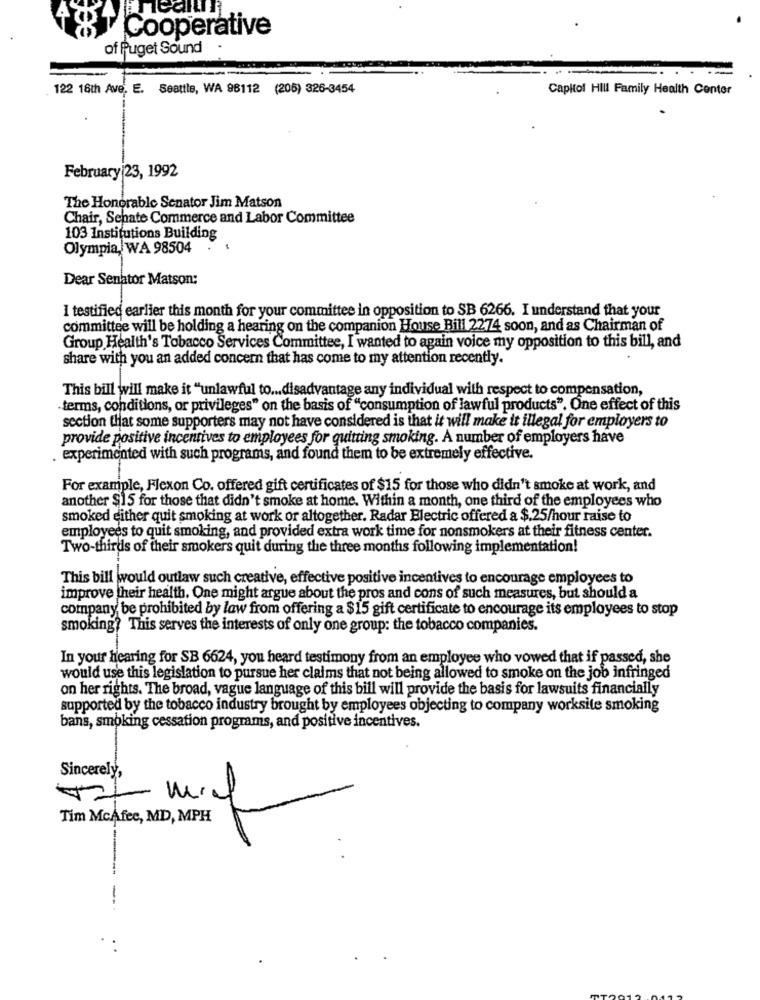
Cooperative
of Puget Sound
122 18th Ave, E. Seattle, WA 96112 (206) 326-3454
Capitol HILL Family Health Center
February 23, 1992
The Honorable Senator Jim Matson
Chair, Sehate Commerce and Labor Committee
103 Institutions Building
Olympia, WA 98504
Dear Senator Matson:
I testified earlier this month for your committee in opposition to SB 6266. I understand that your
committee will be holding a hearing on the companion House Bill 2274 soon, and as Chairman of
Group Health's Tobacco Services Committee, I wanted to again voice my opposition to this bill, and
share with you an added concern that has come to my attention recently.
This bill will make it "unlawful to ... disadvantage any individual with respect to compensation,
terms, conditions, or privileges" on the basis of "consumption of lawful products". One effect of this
section that some supporters may not have considered is that it will make it illegal for employers to
provide positive incentives to employees for quitting smoking. A number of employers have
experimented with such programs, and found them to be extremely effective.
For example, Flexon Co. offered gift certificates of $15 for those who didn't smoke at work, and
another $15 for those that didn't smoke at home. Within a month, one third of the employees who
smoked either quit smoking at work or altogether. Radar Electric offered a $.25/hour raise to
employees to quit smoking, and provided extra work time for nonsmokers at their fitness center.
Two-thirds of their smokers quit during the three months following implementation!
This bill would outlaw such creative, effective positive incentives to encourage employees to
improve their health. One might argue about the pros and cons of such measures, but should a
company be prohibited by law from offering a $15 gift certificate to encourage its employees to stop
smoking? This serves the interests of only one group: the tobacco companies.
In your hearing for SB 6624, you heard testimony from an employee who vowed that if passed, she
would use this legislation to pursue her claims that not being allowed to smoke on the job infringed
on her rights. The broad, vague language of this bill will provide the basis for lawsuits financially
supported by the tobacco industry brought by employees objecting to company worksite smoking
bans, smoking cessation programs, and positive incentives.
Sincerely,
Tim McAfec, MD, MPH